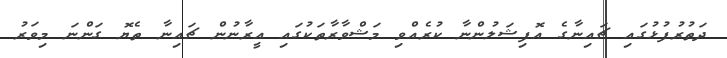
ދަތުރުފުޅުގައި ޗައިނާގެ އޮފިޝަލުންނާ ކުރެއްވި މަޝްވާރާތަކުގައި އީރާނުން ޗައިނާ ތެޔޮ ގަންނަ މިވަރު